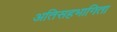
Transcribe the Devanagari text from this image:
अतिसहभागिता